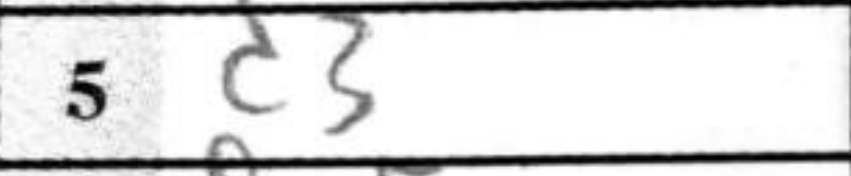
Transcription: d3